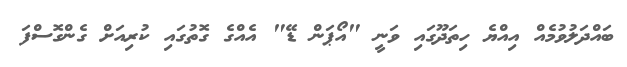
ބައްދަލުވުމެއް އިއްޔެ ހިތަދޫގައި ވަނީ "އޯޕަން ޑޭ" އެއްގެ ގޮތުގައި ކުރިއަށް ގެންގޮސްފަ